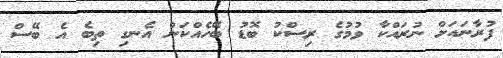
ފުރާނައަށް ނުރައްކާ ވުމުގެ ރިސްކު ބޮޑު ބޭހެއްކަން އެނގި ތިބެ އެ ބޭސް